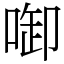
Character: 啣